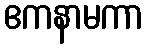
ဧကနာမကာ